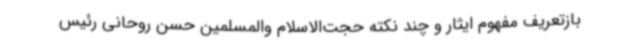
بازتعریف مفهوم ایثار و چند نکته حجت‌الاسلام والمسلمین حسن روحانی رئیس